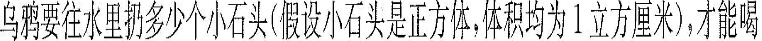
乌鸦要往水里面扔多少个小石头（假设小石头使正方体，体积均为1立方厘米），才能喝